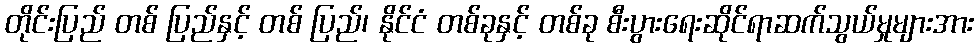
တိုင်းပြည် တစ် ပြည်နှင့် တစ် ပြည်၊ နိုင်ငံ တစ်ခုနှင့် တစ်ခု စီးပွားရေးဆိုင်ရာဆက်သွယ်မှုများအား